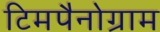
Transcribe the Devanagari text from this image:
टिमपैनोग्राम